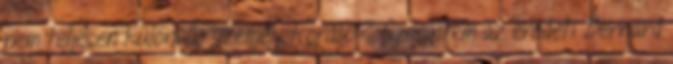
nem teljesen különálló személy Fordtól? Szerintem az eredeti Bernard